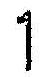
1